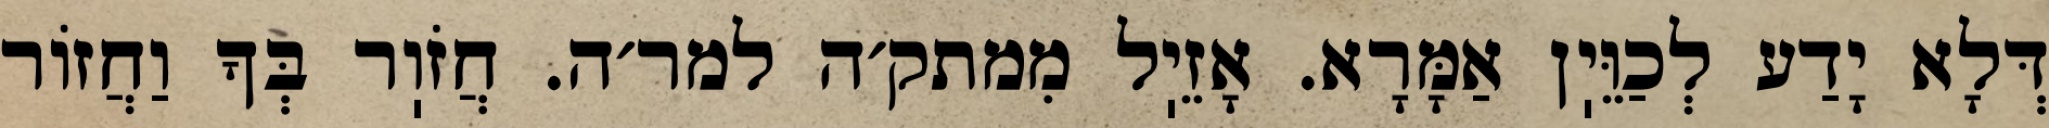
דְּלָא יָדַע לְכַוֵּיֽן אַמָּרָא. אָזֵיֽל מִמתק׳ה למר׳ה. חֲזֹוֽר בְּךָ וַחֲזוֹר